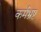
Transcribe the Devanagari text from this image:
कर्मभ्रष्ट